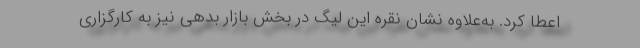
اعطا کرد. به‌علاوه نشان نقره این لیگ در بخش بازار بدهی نیز به کارگزاری